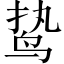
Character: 鸷